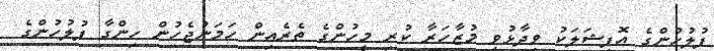
ފުލުހުންގެ އޮފިޝަލަކު ވިދާޅުވީ މުޒާހަރާ ކުރި މީހުންގެ ތެރެއިން ހަމަނުޖެހުން ހިންގާ ފުލުހުންގެ